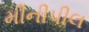
મીનીપીલ